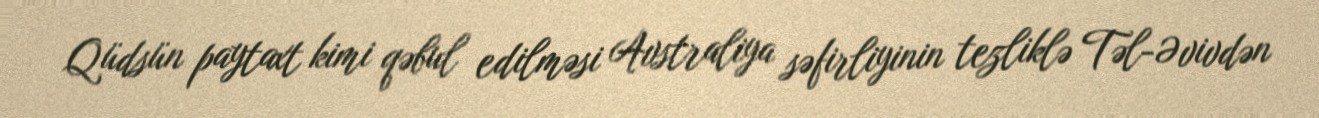
Qüdsün paytaxt kimi qəbul edilməsi Avstraliya səfirliyinin tezliklə Təl-Əvivdən